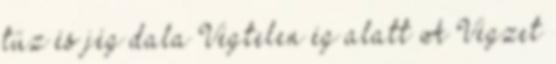
tűz és jég dala Végtelen ég alatt A Végzet